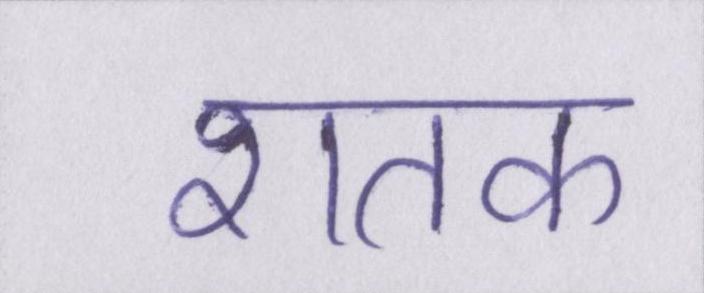
शतक